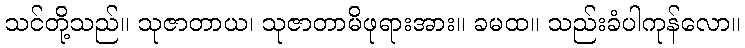
သင်တို့သည်။ သုဇာတာယ၊ သုဇာတာမိဖုရားအား။ ခမထ။ သည်းခံပါကုန်လော။